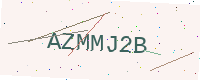
Text: AZMMJ2B